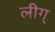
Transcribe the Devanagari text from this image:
लीग्